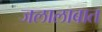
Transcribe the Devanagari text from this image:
जलालाबात